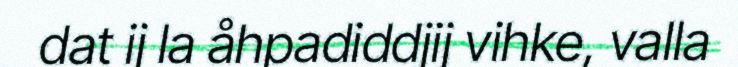
dat ij la åhpadiddjij vihke, valla